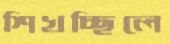
শিখচ্ছিলে